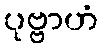
ပုဗ္ဗာဟံ